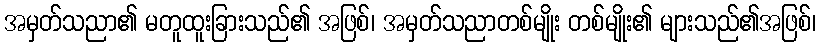
အမှတ်သညာ၏ မတူထူးခြားသည်၏ အဖြစ်၊ အမှတ်သညာတစ်မျိုး တစ်မျိုး၏ များသည်၏အဖြစ်၊